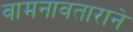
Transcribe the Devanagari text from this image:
वामनावताराने